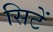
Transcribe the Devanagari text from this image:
सिटें